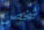
شخص